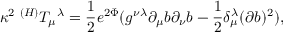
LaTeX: { \kappa } ^ { 2 } \; ^ { ( H ) } T _ { \mu } ^ { \; \; \lambda } = \frac 1 2 e ^ { 2 \Phi } ( g ^ { \nu \lambda } \partial _ { \mu } b \partial _ { \nu } b - \frac 1 2 \delta _ { \mu } ^ { \lambda } ( \partial b ) ^ { 2 } ) ,